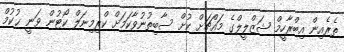
ތެރެއިން އިބްރާހީމް ޝަޒްލީލްގެ މައްޗަށް ކުށް ސާބިތުނުވާކަމަށް ކްރިމިނަލް ކޯޓުން ވަނީ ޙުކުމް